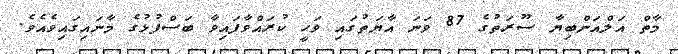
މާތް އަލްއަންބިޔާ ސޫރަތުގެ 87 ވަނަ އާޔަތުގައި ވަހީ ކުރައްވާފައިވާ ބަސްފުޅުގެ މާނައިގައިވެއެވެ.